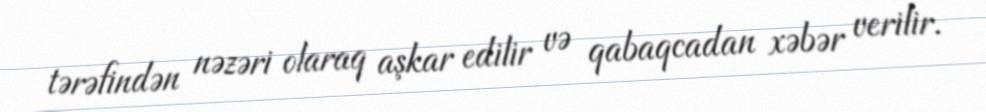
tərəfindən nəzəri olaraq aşkar edilir və qabaqcadan xəbər verilir.